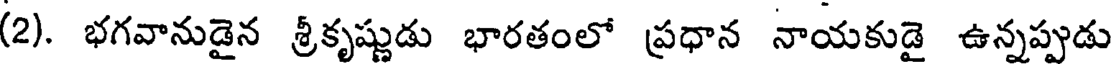
(2). భగవానుడైన శ్రీకృష్ణుడు భారతంలో ప్రధాన నాయకుడై ఉన్నప్పుడు